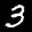
Label: 3